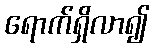
ရောက်ရှိလာ၍